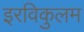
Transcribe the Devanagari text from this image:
इरविकुलम